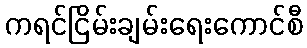
ကရင်ငြိမ်းချမ်းရေးကောင်စီ